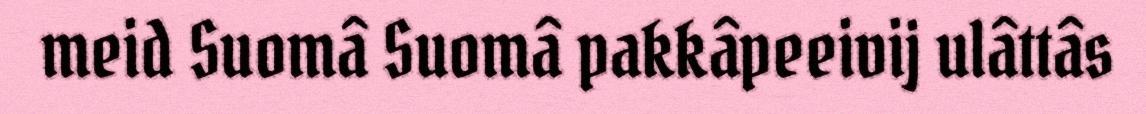
meid Suomâ Suomâ pakkâpeeivij ulâttâs